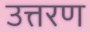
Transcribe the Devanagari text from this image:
उत्तरण